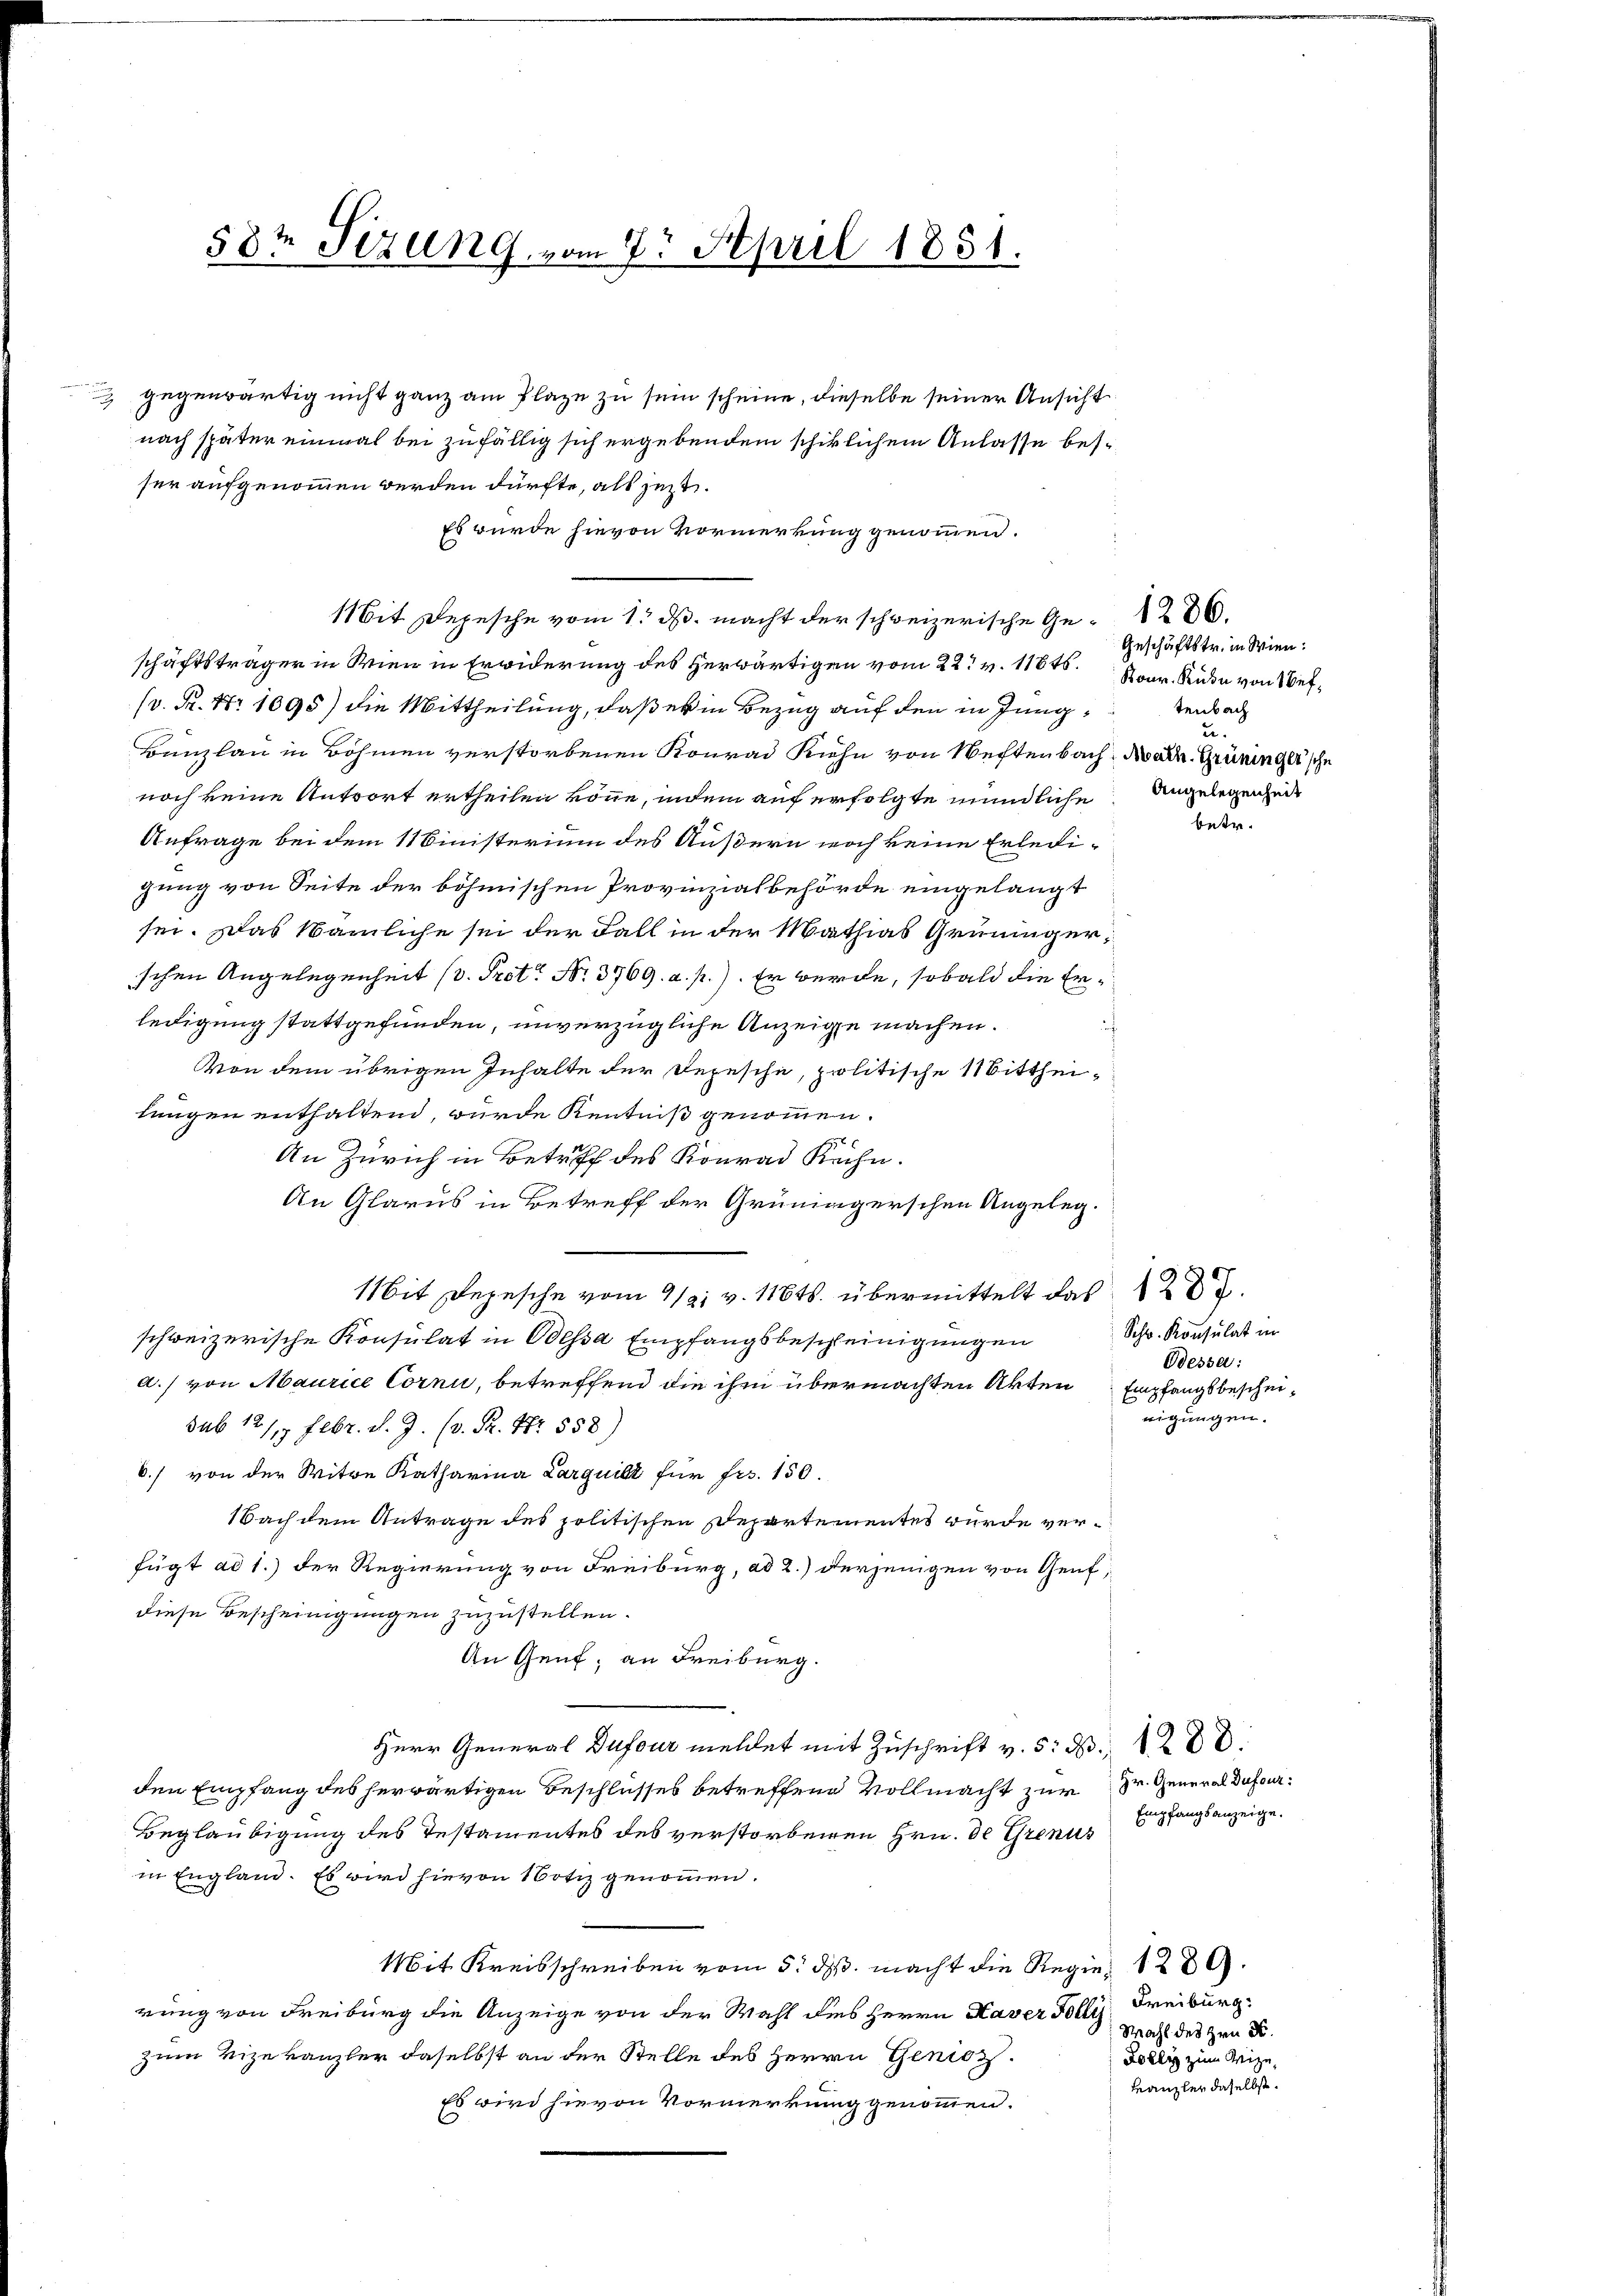
58t Setzung, vom 7. April 1851.

gegenwärtig nicht ganz am Plaze zu sein scheine, dieselbe seiner Ansicht
nach später einmal bei zufällig sich ergebendem schiklichem Anlasse besser aufgenommen werden dürfte, als jezt
Es wurde hievon Vormerkung genommen.
Mit Depesche vom 1. ds. macht der schweizerische Ge- 286.
schäftsträger in Wien in Erwiderung des herwärtigen vom 22t v. 11816. Stude von Nef¬
(v. Fr. Nr. 1095) die Mittheilung, daß er in Bezug auf den in Jung¬
Banzlau in Böhmen verstorbenen Konrad Kuhn von Neftenbach Natr. Grüninger'sche
noch keine Antwort ertheilen könne, indem auf erfolgte mündliche Angelegenheit
Anfrage bei dem 11 Binisterium des Äußern noch keine Erledigung von Seite der böhmischen Provinzialbehörde eingelangt
sei. Das Nämliche sei der Fall in der Mathias Grüningerschen Angelegenheit (d. Prot. No. 3769. a. p.). Er werde, sobald die Erledigung stattgefunden, unverzügliche Anzeige machen.
Von dem übrigen Inhalte der Depesche, politische Mittheilungen enthaltend, wurde Kenntniß genommen.
An Zürich in Betriff des Konrad Kühn.
An Glarus in Betreff der Grüningerschen Angeleg¬
Mit Depesche vom 19. v. 1184. übermittelt das 18.
schweizerische Konsulat in Wessa Empfangsbescheinigungen
a.) von Maurice Corni, betreffend die ihm übermachten Akten Empfangsbescheisub 12/9 Febr. d. J. (v. R. Nr. 558)
6./ von der Witwe Katharina Larquili für Frs. 150.
Nach dem Antrage des politischen Departementes wurde verfügt ad 1.) der Regierung von Freiburg, ad 2.) derjenigen von Genf,
diese Bescheinigungen zuzustellen.
An Genf, an Freiburg.
Herr General Dufour meldet mit Zuschrift v. 5. d. 288.
den Empfang des herwärtigen Beschlusses betreffene Vollmacht zur Dr. General Dufour¬
Beglaubigung des Testamentes des verstorbenen Hrn. De Grenus
in England. Es wird hievon Notiz genommen.
Mit Kreisschreiben vom 5. ds. macht die Regie 1289.
rung von Freiburg die Anzeige von der Wahl des Herrn Kaver Follis, Freiburg
zum Vizekanzler daselbst an der Stelle des Herrn Genicz
Es wird hievon Vormerkung genommen.

Geschäftstr. in Wien:
tenbach
u.

Schw. Konsulat in
Dessa:
eigungen.

betr.

Empfangsanzeige.

Wahl des Hrn. F.
Dolly zum Weize¬
Kanzler daselbst.